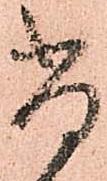
尚